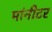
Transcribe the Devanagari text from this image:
मांनीटर